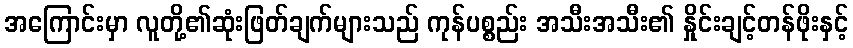
အကြောင်းမှာ လူတို့၏ဆုံးဖြတ်ချက်များသည် ကုန်ပစ္စည်း အသီးအသီး၏ နှိုင်းချင့်တန်ဖိုးနှင့်